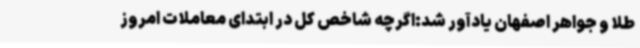
طلا و جواهر اصفهان یادآور شد:اگرچه شاخص کل در ابتدای معاملات امروز